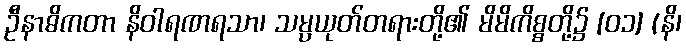
ဦနာဓိကတာ နိဝါရဏရသာ၊ သမ္ပယုတ်တရားတို့၏ မိမိကိစ္စတို့၌ [၀၁] (နိ၊